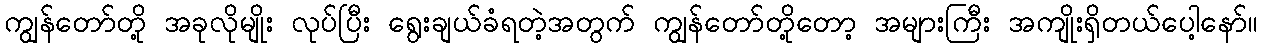
ကျွန်တော်တို့ အခုလိုမျိုး လုပ်ပြီး ရွေးချယ်ခံရတဲ့အတွက် ကျွန်တော်တို့တော့ အများကြီး အကျိုးရှိတယ်ပေါ့နော်။